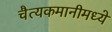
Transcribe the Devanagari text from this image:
चैत्यकमानीमध्ये